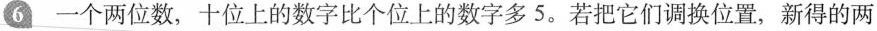
6 一个两位数，十位上的数字比个位上的数字多5.若把它们调换位置，新得的两